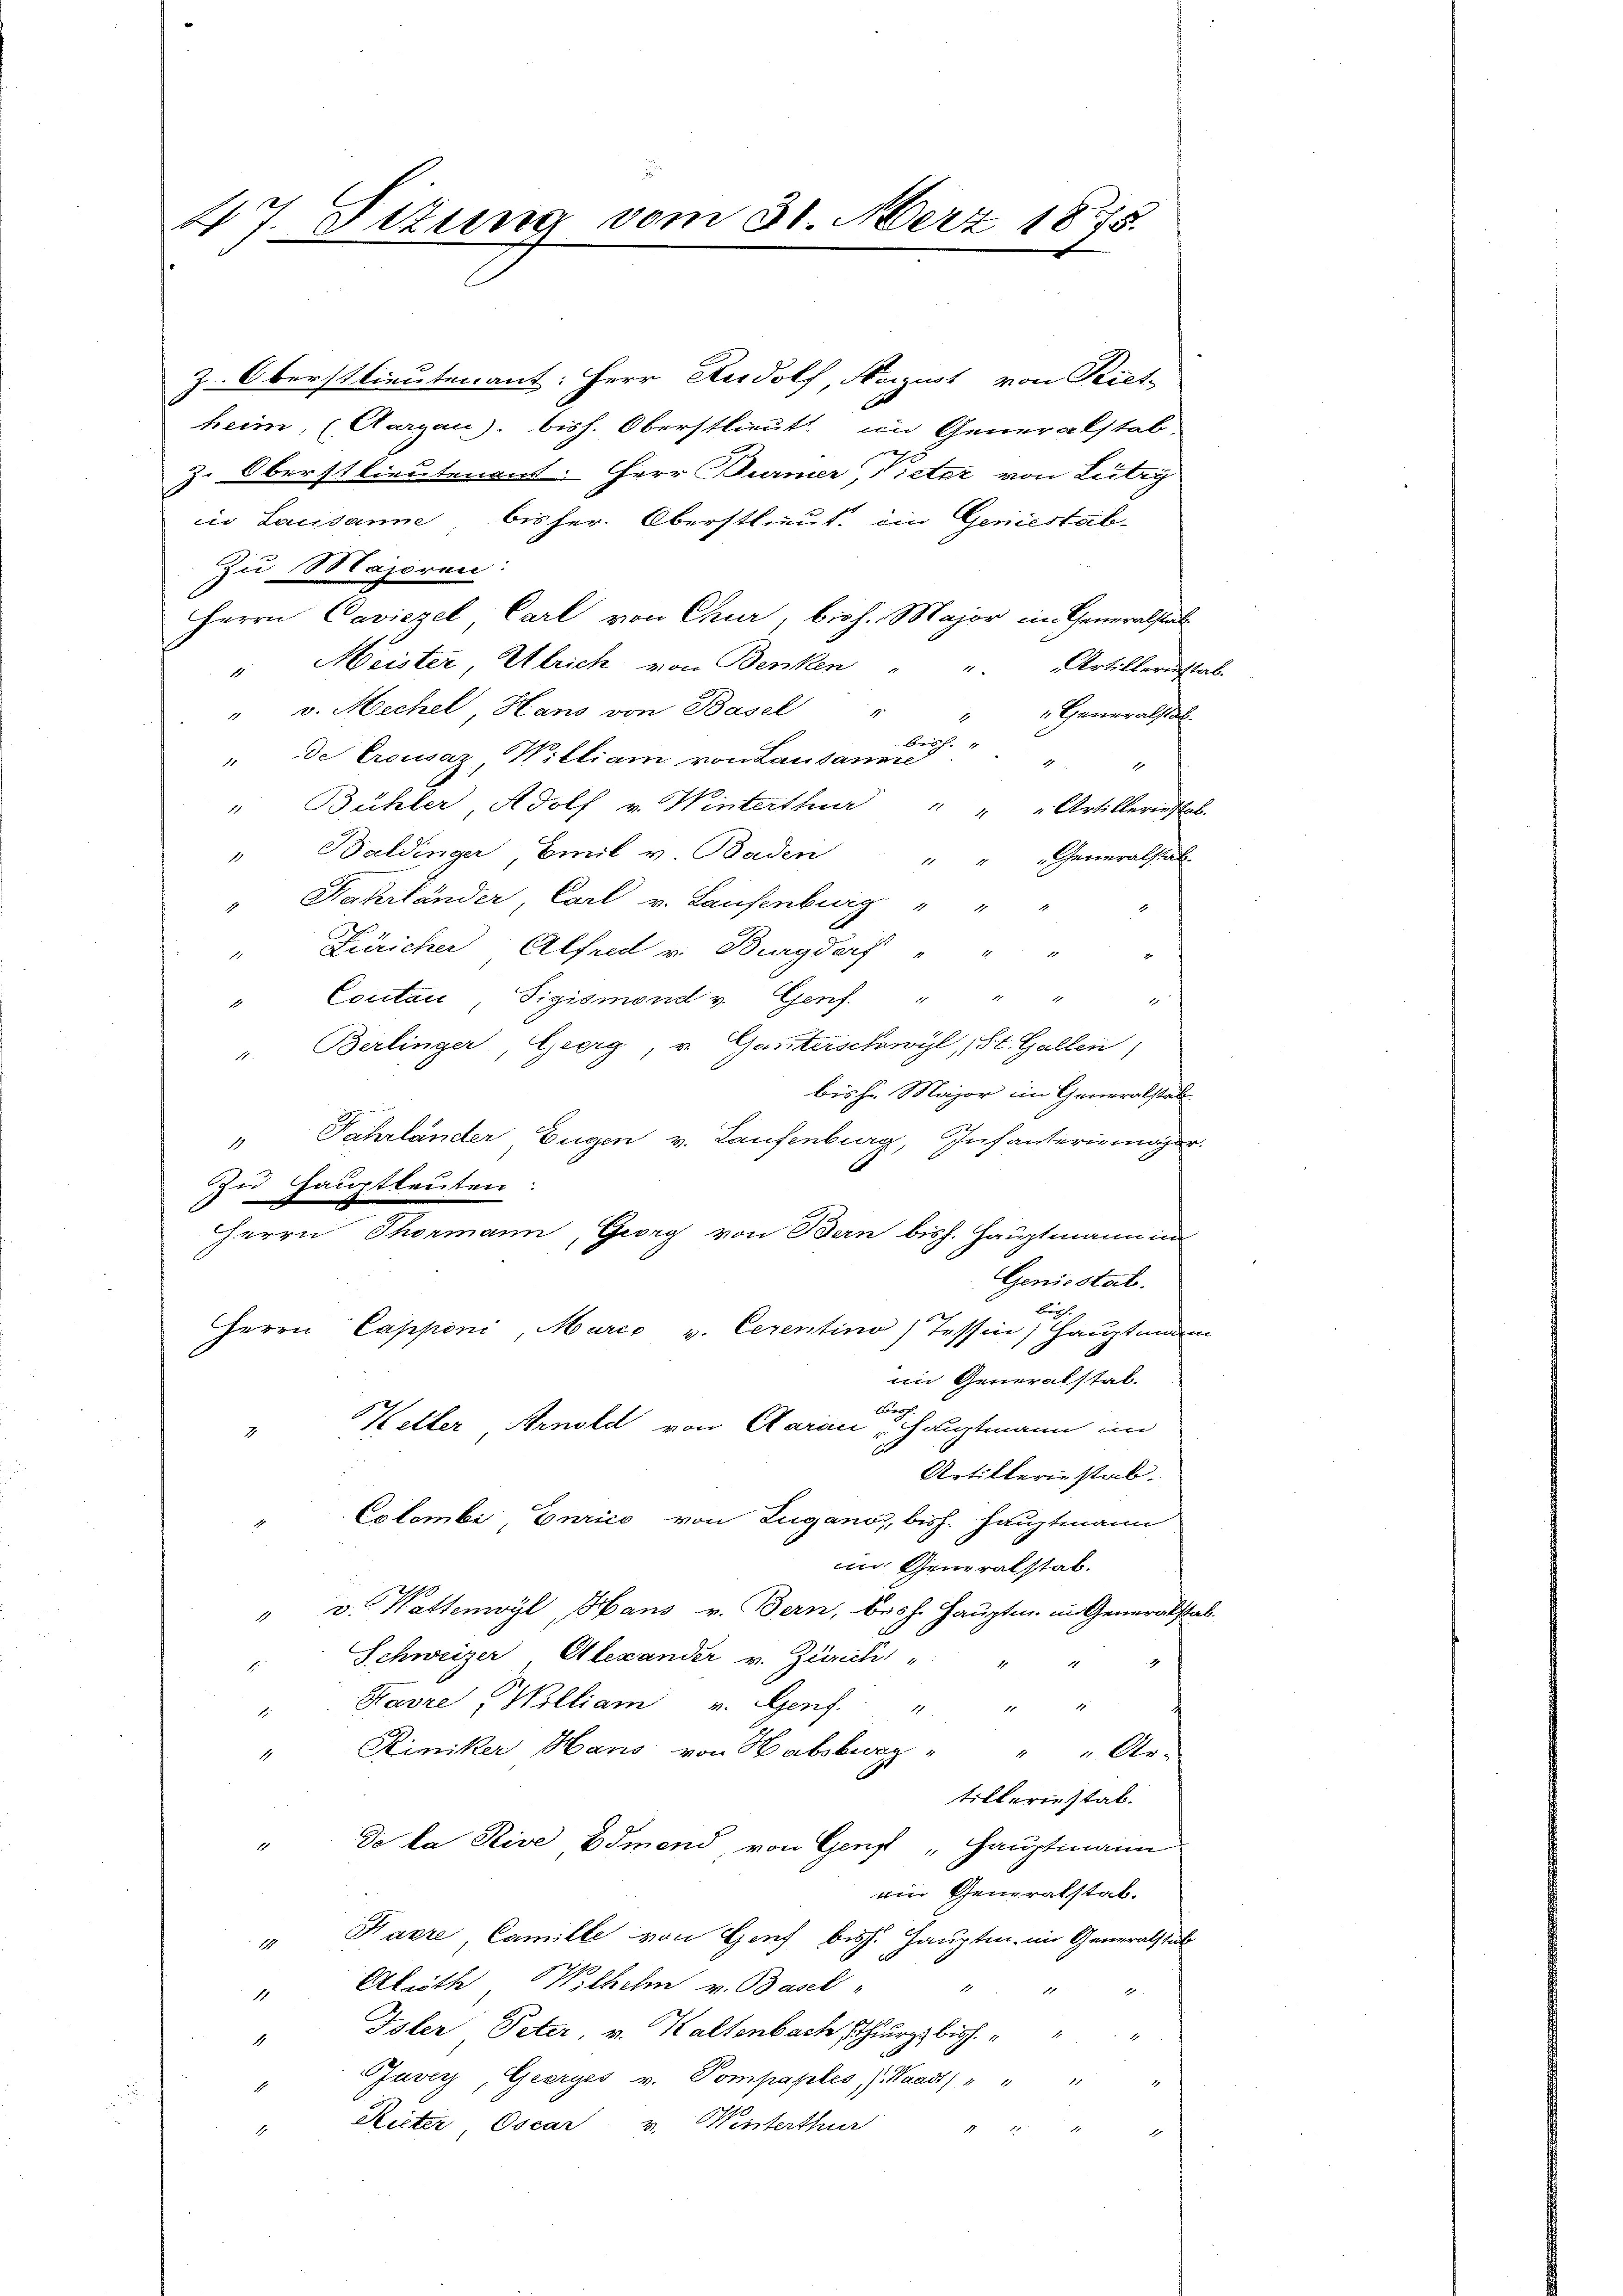
47. Situng vom 31. März 1875.

z. Oberstlieutenant: Herr Rudolf, Negust von Piet
heim, (Aargau, bish. Oberstlieutt im Generalstab,
z. Oberstlieutenant. Herr Burner Victer von Lutry
in Lausanne bisher. Oberstlieut. im Geniestat¬
Zu Majoren:
Herrn Caviezel Carl von Chur, bish. Major im Generalsal
 Meister, Ulrich von Benken
Artillerunstab.
1
" v. Mechel, Hans von Basel
" " Generalstab.
Besch. 1
" de Crousaz, William von Lausanne

" Bühler, Adolf v. Winterthur " " " Artillerinstab.
Baldinger, Emil v. Baden
Generalstal¬
1
Fahrländer, Carl v. Laufenburg " "
E
" Züricher Alfred v. Burgdorf " " "
Cortan, Sigismond v. Genf. " " "
d
1
v. Berlinger, Geerg, u. Ganterschwyl, St. Gallen,
bishr. Major im Generalstalt
" Fahrländer Eugen v. Laufenburg, Infanterienger.
Zu Hauptleuten:
HHerrn Thormann, Georg von Bern bish. Hauptmann im
Geniestal.
Herrn Capponi, Marco v. Cerentino, Tessin, Hauptmann
im Generalstab.
onsf
" Keller Arnold von Aarau „Hauptmann im
Artilleriestab.
Colombi, Eurico von Lugano, bish. Hauptmann
in Generalstab.
" v. Wattenwyl, Hans v. Bern, besch. Hauptm. in Generalstab
Schweizer, Alexander v. Zürich
Havre " Wolliam v. Genf " " "
Rimiker Hans von Habsburg " " " Re-
1
tillerinstab.
" De la Rive Bsmend, von Genf „Hauptmann
ein Generalstab.
" Karre, Camille von Hof bis Hauptm. im Generalstat
Aluth Wilhelm v. Basel

1
Isler Peter, v. Kaltenbach thur bish
4
Zuver, Geerges v. Compaples, s. Waadt, " " " "
Reiter, Oscar v. Winterthur " " " "
1